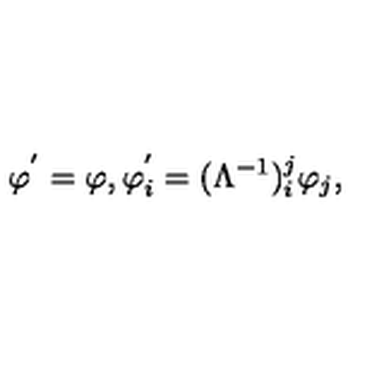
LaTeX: \varphi ^ { ' } = \varphi , \varphi _ { i } ^ { ' } = ( \Lambda ^ { - 1 } ) _ { i } ^ { j } \varphi _ { j } ,